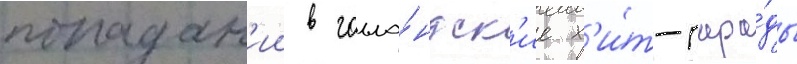
попадан'ии в голла́ндск'ие х'и́т-пара́ды